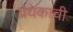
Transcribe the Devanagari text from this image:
प्रयेकाची